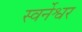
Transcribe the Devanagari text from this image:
स्वर्नेश्वर